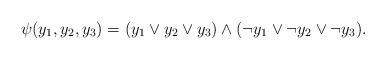
LaTeX: \begin{align*} \psi(y_1,y_2,y_3)=(y_1\vee y_2\vee y_3)\wedge(\neg y_1\vee\neg y_2\vee\neg y_3).\end{align*}